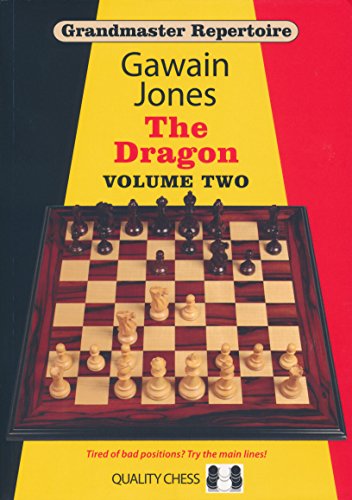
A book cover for The Dragon (Grandmaster Repertoire); Gawain Jones; Humor & Entertainment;